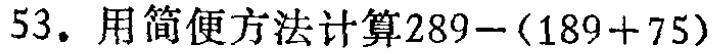
53. 用简便方法计算\(289-(189 + 75)\)